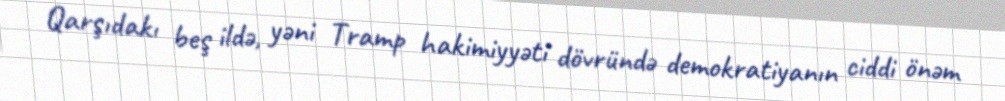
Qarşıdakı beş ildə, yəni Tramp hakimiyyəti dövründə demokratiyanın ciddi önəm